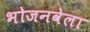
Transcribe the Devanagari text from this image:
भोजनवेला